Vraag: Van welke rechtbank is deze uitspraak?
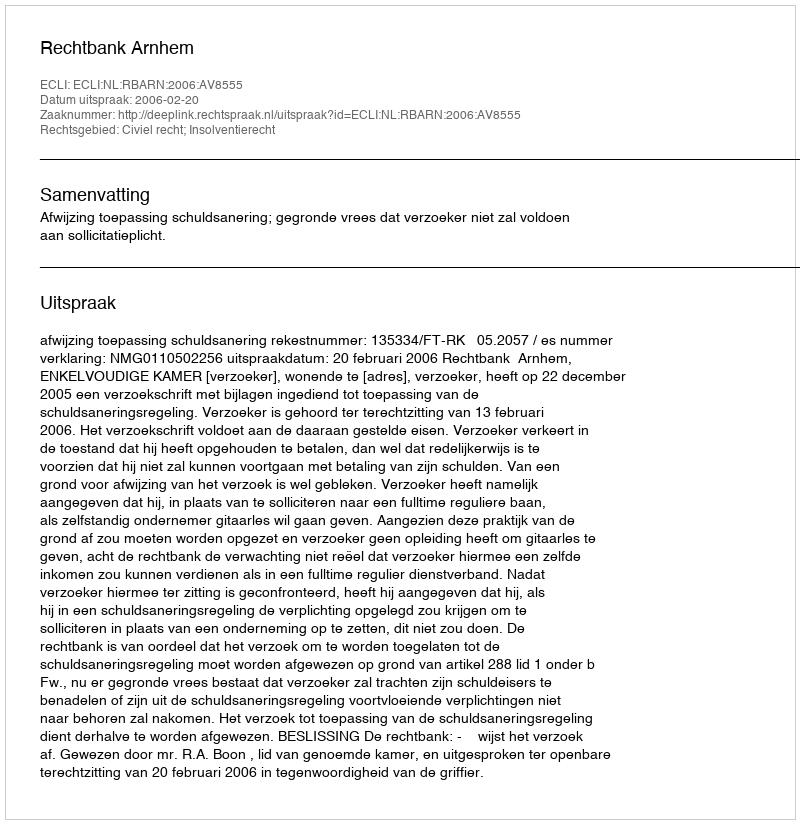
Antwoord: Rechtbank Arnhem